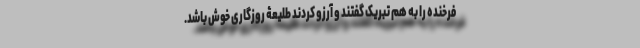
فرخنده را به هم تبریک گفتند و آرزو کردند طلیعۀ روزگاری خوش باشد.